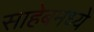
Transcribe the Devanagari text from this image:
साहेबमध्ये